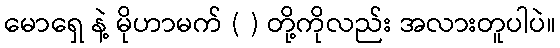
မောရှေ နဲ့ မိုဟာမက် ( ) တို့ကိုလည်း အလားတူပါပဲ။